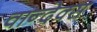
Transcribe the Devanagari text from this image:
वान्देक्स